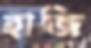
হাজি